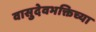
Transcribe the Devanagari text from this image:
वासुदेवभक्तिच्या